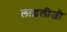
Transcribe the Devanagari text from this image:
लाड़लीजी